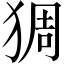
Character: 𱮅